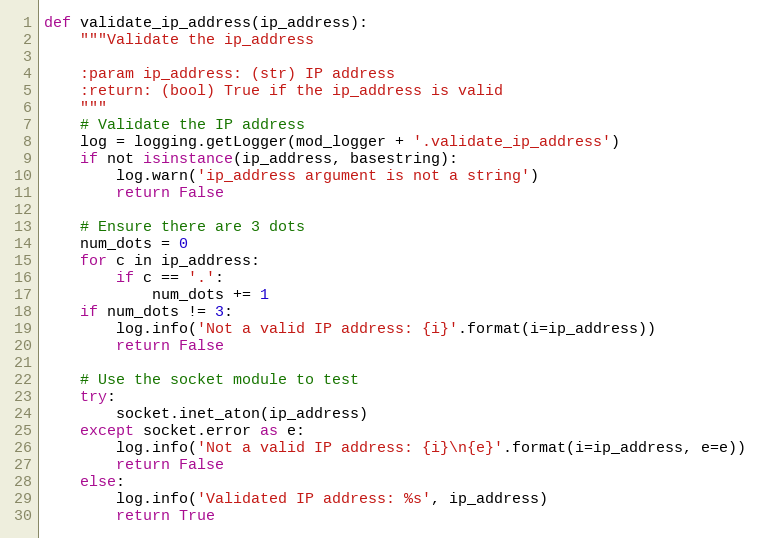
Language: Python
def validate_ip_address(ip_address):
    """Validate the ip_address

    :param ip_address: (str) IP address
    :return: (bool) True if the ip_address is valid
    """
    # Validate the IP address
    log = logging.getLogger(mod_logger + '.validate_ip_address')
    if not isinstance(ip_address, basestring):
        log.warn('ip_address argument is not a string')
        return False

    # Ensure there are 3 dots
    num_dots = 0
    for c in ip_address:
        if c == '.':
            num_dots += 1
    if num_dots != 3:
        log.info('Not a valid IP address: {i}'.format(i=ip_address))
        return False

    # Use the socket module to test
    try:
        socket.inet_aton(ip_address)
    except socket.error as e:
        log.info('Not a valid IP address: {i}\n{e}'.format(i=ip_address, e=e))
        return False
    else:
        log.info('Validated IP address: %s', ip_address)
        return True